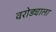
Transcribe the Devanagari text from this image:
वरोड्याला